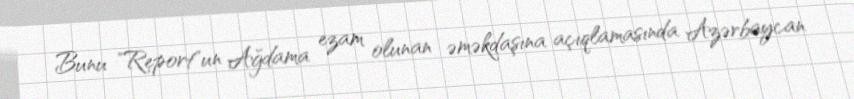
Bunu "Report"un Ağdama ezam olunan əməkdaşına açıqlamasında Azərbaycan